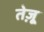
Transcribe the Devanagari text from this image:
तेज़ू